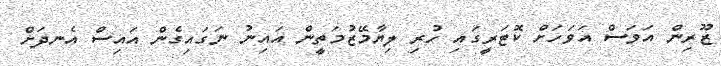
ޒޫރިން އަވަސް އަވަހަށް ކޮޓަރީގައި ހުރި ލިޔާމޭޒުމަތީން އައިނު ނަގައިގެން އައިސް އެނދަށް